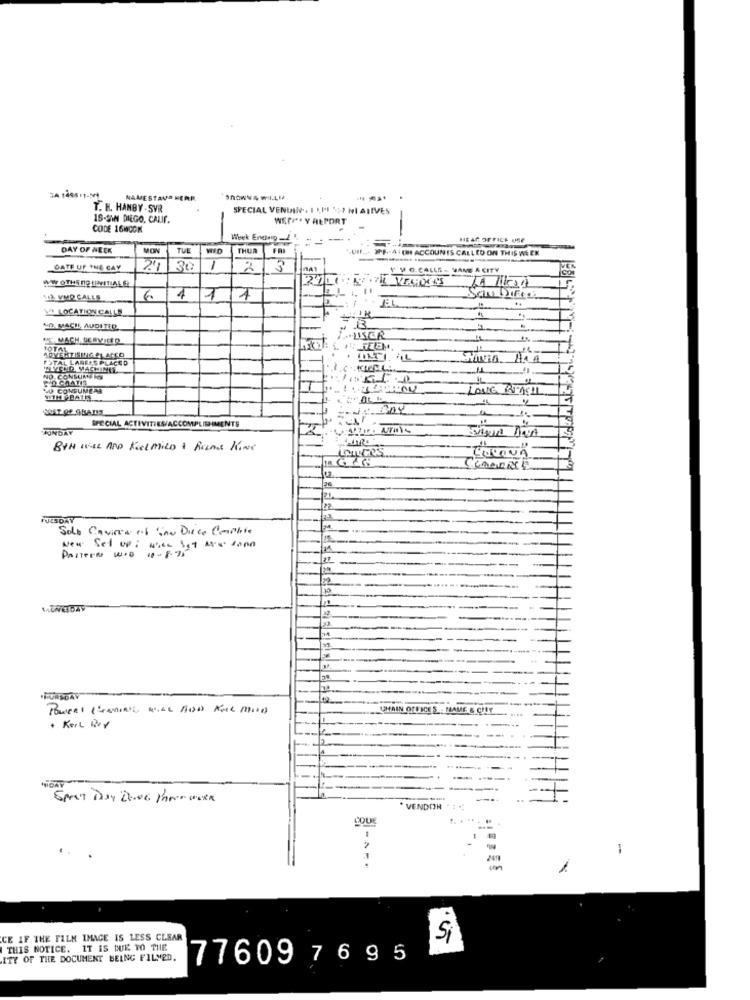
34 1498 11-54
NAMESTAVA HERR
ShowY4 wil.LI
T. H. HANBY- SVR
SPECIAL VENDIN. I PESCI NI ATIVES
IS-SW DIEGO, CALIF.
WERF". Y ALPORT
CODE 16MCGK
Week Endinp-
HE AP OFFICE USE
DAY OF WEEK
MON
TUE
WO
THUR
FRI
>PF .- A. OH ACCOUNTS CALLED ON THIS WEEK
DATE UF THE CAY
30
1
2
F MO.CALLE - MAME A CITY
WW OTHS NO INITIAL S)
YO. VMP CALLS
6
1
..
Y LOCATION CALLE
LD. MACH, AUDITER
MACH SERVICIO
ADVERTISING &L ARCO
10101 ...
FETAL LABELS PLACED
WHYCHO MACHINES.
NO.CONSUMERS
COCOATIR
50 CONSUMEAR
SPECIAL ACTIVITIES/ACCOMPLISHMENTS
MONDAY
BON WEL AND Feel MILD + Films Kowe
CULONA
KOBERCE
TUESDAY
Solo Cavires af ino Diese Cambie
PASTERN WOD 10-8.75
New Set up : when igt Me dona
UMAIN OFFICES . MAME & CHY
+ Kort Box
WDAY
VENDOR
ČQUE
1
-m
1
CE IF THE FILM IMAGE IS LESS CLEAR
Si
THIS NOTICE. IT IS DUE TO THE
ITY OF THE DOCUMENT BEING FILMED.
77609 7695